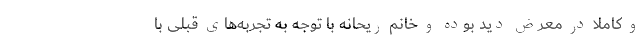
و کاملا در معرض دید بوده و خانم ریحانه با توجه به تجربه‌های قبلی با